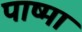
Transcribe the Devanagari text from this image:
पाष्मा